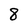
Character: 8